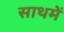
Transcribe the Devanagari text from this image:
साथमें